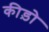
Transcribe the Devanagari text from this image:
कीड़ोे